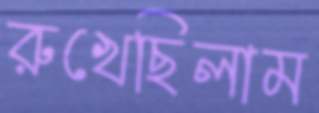
রুখেছিলাম